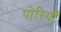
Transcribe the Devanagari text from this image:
पोरियाँ